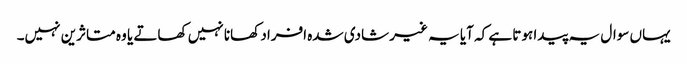
یہاں سوال یہ پیدا ہوتا ہے کہ آیا یہ غیر شادی شدہ افراد کھانا نہیں کھاتے یا وہ متاثرین نہیں۔